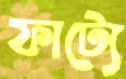
ফাট্যে